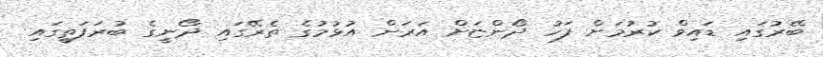
ބޭރުގައި ޑައިވް ކުރުމަށް ފަހު ދޯންޏަށް އަރަން އުޅުމުގެ ތެރޭގައި ދޯނީގެ ބުރަފަތީގައި